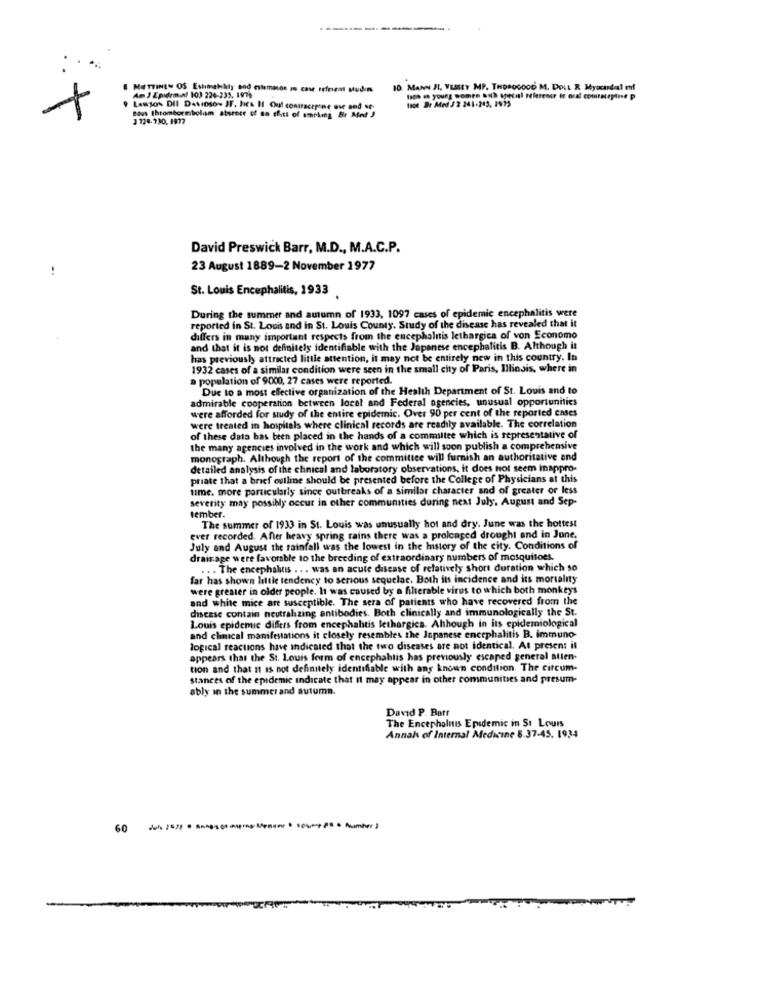
:
8 METTINE" OS Estinalhly bod estemacon m case refriras studom
10. MANN JI, VESIEY MP. THOROGOOD M. DOLL R Myocardial enf
Am J Epistem.nl 103 226-235. 1976
tion en young women Both specal peletener ie ord comracegiuse p
toot Br Med J 2 241-243. 1975
Lawson DII DAvinson JF. Diea Hl Ouf contracepine mie and se-
Baus thrombormbolom absence of an chist of smoking Br Med J
David Preswick Barr, M.D ., M.A.C.P.
23 August 1889-2 November 1977
:
St. Louis Encephalitis, 1933
During the summer and autumn of 1933, 1097 cases of epidemic encephalitis were
reported in St. Louis and in St. Louis County. Study of the disease has revealed that it
differs in many important respects from the encephalitis lethargica of von Economo
and that it is not definitely identifiable with the Japanese encephalitis B. Although it
has previously attracted little attention, it may not be entirely new in this country. In
1932 cases of a similar condition were seen in the small city of Paris, Illinois, where in
a population of 9000, 27 cases were reported.
Due to a most effective organization of the Health Department of St. Louis and to
admirable cooperation between local and Federal agencies, unusual opportunities
were afforded for study of the entire epidemic. Over 90 per cent of the reported cases
were treated in hospitals where clinical records are readily available. The correlation
of these data has been placed in the hands of a committee which is representative of
the many agencies involved in the work and which will soon publish a comprehensive
monograph. Although the report of the committee will furnish an authoritative and
detailed analysis of the clinical and laboratory observations, it does not seem inappro-
priate that a brief outline should be presented before the College of Physicians at this
time. more particularly since outbreaks of a similar character and of greater or less
severity may possibly occur in other communities during next July, August and Sep-
tember.
The summer of 1933 in St. Louis was unusually hot and dry. June was the hottest
ever recorded. After heavy spring rains there was a prolonged drought and in June.
July and August the rainfall was the lowest in the history of the city. Conditions of
drainage were favorable to the breeding of extraordinary numbers of mosquitoes.
... The encephalitis ... was an acute disease of relatively short duration which so
far has shown little tendency to serious sequelae. Both its incidence and its mortality
were greater in older people. It was caused by a filterable virus to which both monkeys
and white mice are susceptible. The sera of patients who have recovered from the
disease contain neutrahzing antibodies. Both clinically and immunologically the St.
Louis epidemic differs from encephalitis lethargica. Although in its epidemiological
and clinical manifestations it closely resembles the Japanese encephalitis B. immuno-
logical reactions have indicated that the two diseases are not identical. At present it
appears that the St. Louis form of encephalitis has previously escaped general allen-
tion and that it is not definitely identifiable with any known condition. The circum-
stances of the epidemic indicate that It may appear in other communities and presum-
ably in the summer and autumn.
David P. Batt
The Encephalitis Epidemic in St Louis
Annak of Internal Medicine 8.37-45. 1934
60